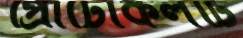
প্রোটোকলটি